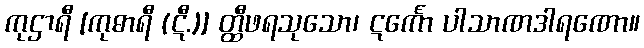
ကုဌာရီ [ကုဓာရီ (ဋီ.)] တ္ထီဖရသုသော၊ ဋင်္ကော ပါသာဏဒါရဏော။